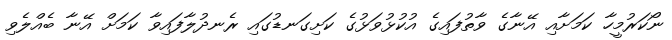
ނޯކަރުމީހާ ކަމަށާއި އޭނާގެ ވާތުފައިގެ އުކުޅުވަޅުގެ ކަށިގަނޑުގައި ރެނދުލާފައިވާ ކަމަށް އޭނާ ބެއްލެވި